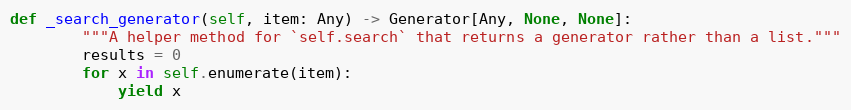
Language: Python
def _search_generator(self, item: Any) -> Generator[Any, None, None]:
        """A helper method for `self.search` that returns a generator rather than a list."""
        results = 0
        for x in self.enumerate(item):
            yield x